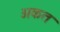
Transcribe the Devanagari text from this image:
अकत